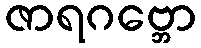
ဇာရဂဗ္ဘော